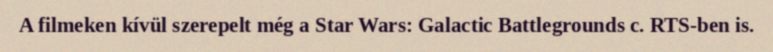
A filmeken kívül szerepelt még a Star Wars: Galactic Battlegrounds c. RTS-ben is.